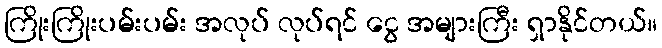
ကြိုးကြိုးပမ်းပမ်း အလုပ် လုပ်ရင် ငွေ အများကြီး ရှာနိုင်တယ်။